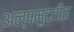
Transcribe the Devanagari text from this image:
अल्पमुदतीत